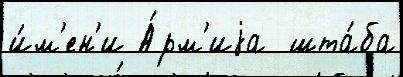
и́м'ен'и А́рм'иjа  шта́ба